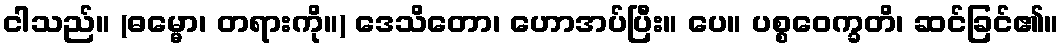
ငါသည်။ (ဓမ္မော၊ တရားကို။) ဒေသိတော၊ ဟောအပ်ပြီး။ ပေ။ ပစ္စဝေက္ခတိ၊ ဆင်ခြင်၏။